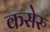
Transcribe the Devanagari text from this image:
कसेरु